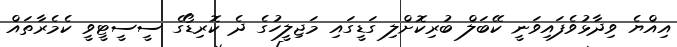
އިއްޔެ ވިދާޅުވެފައިވަނީ ކޭބަލް ބުރިކޮށްލި ގަޑީގައި މަޖިލީހުގެ ދެ ކޮރިޑޯގެ ސީސީޓީވީ ކެމެރާތައް